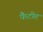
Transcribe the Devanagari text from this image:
फैटीत